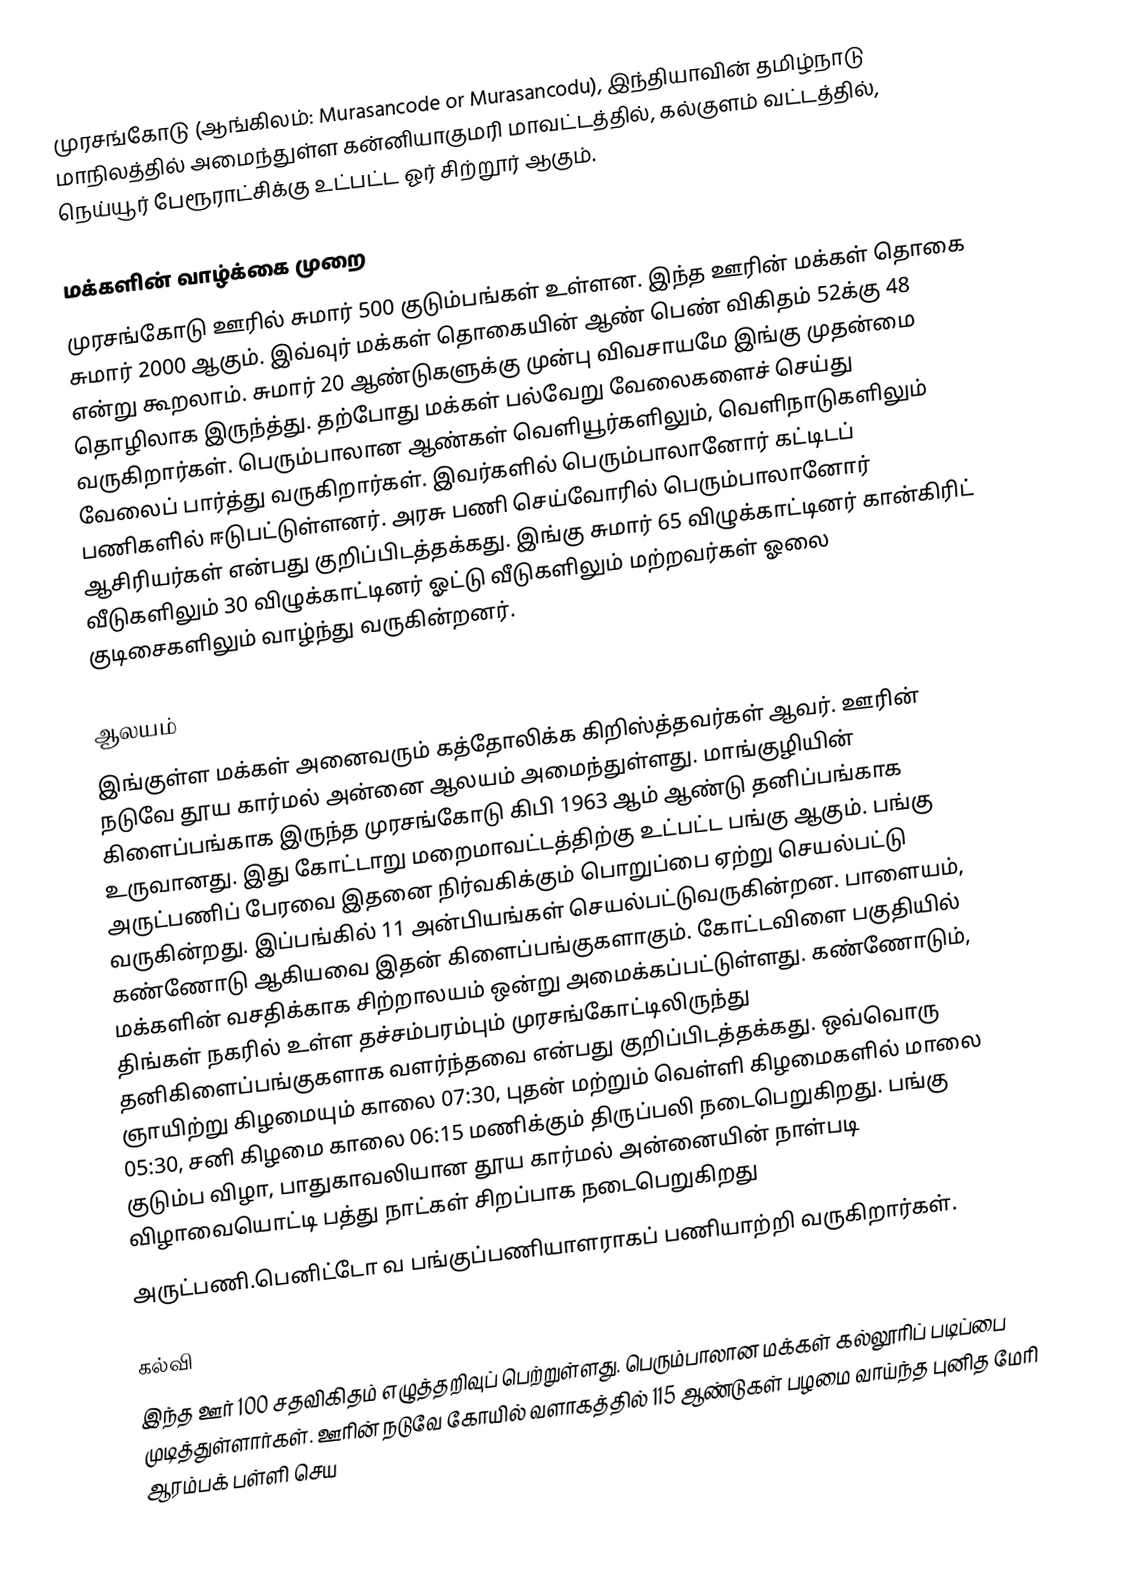
முரசங்கோடு (ஆங்கிலம்: Murasancode or Murasancodu), இந்தியாவின் தமிழ்நாடு மாநிலத்தில் அமைந்துள்ள கன்னியாகுமரி மாவட்டத்தில், கல்குளம் வட்டத்தில், நெய்யூர் பேரூராட்சிக்கு உட்பட்ட ஓர் சிற்றூர் ஆகும்.

மக்களின் வாழ்க்கை முறை
முரசங்கோடு ஊரில் சுமார் 500 குடும்பங்கள் உள்ளன. இந்த ஊரின் மக்கள் தொகை சுமார் 2000 ஆகும். இவ்வுர் மக்கள் தொகையின் ஆண் பெண் விகிதம் 52க்கு 48 என்று கூறலாம். சுமார் 20 ஆண்டுகளுக்கு முன்பு விவசாயமே இங்கு முதன்மை தொழிலாக இருந்த்து. தற்போது மக்கள் பல்வேறு வேலைகளைச் செய்து வருகிறார்கள். பெரும்பாலான ஆண்கள் வெளியூர்களிலும், வெளிநாடுகளிலும் வேலைப் பார்த்து வருகிறார்கள். இவர்களில் பெரும்பாலானோர் கட்டிடப் பணிகளி்ல் ஈடுபட்டுள்ளனர். அரசு பணி செய்வோரில் பெரும்பாலானோர் ஆசிரியர்கள் என்பது குறிப்பிடத்தக்கது. இங்கு சுமார் 65 விழுக்காட்டினர் கான்கிரிட் வீடுகளிலும் 30 விழுக்காட்டினர் ஓட்டு வீடுகளிலும் மற்றவர்கள் ஓலை குடிசைகளிலும் வாழ்ந்து வருகின்றனர்.

ஆலயம்
இங்குள்ள மக்கள் அனைவரும் கத்தோலிக்க கிறிஸ்த்தவர்கள் ஆவர். ஊரின் நடுவே தூய கார்மல் அன்னை ஆலயம் அமைந்துள்ளது. மாங்குழியின் கிளைப்பங்காக இருந்த முரசங்கோடு கிபி 1963 ஆம் ஆண்டு தனிப்பங்காக உருவானது. இது கோட்டாறு மறைமாவட்டத்திற்கு உட்பட்ட பங்கு ஆகும். பங்கு அருட்பணிப் பேரவை இதனை நிர்வகிக்கும் பொறுப்பை ஏற்று செயல்பட்டு வருகின்றது. இப்பங்கில் 11 அன்பியங்கள் செயல்பட்டுவருகின்றன. பாளையம்,  கண்ணோடு ஆகியவை இதன் கிளைப்பங்குகளாகும். கோட்டவிளை பகுதியில் மக்களின் வசதிக்காக சிற்றாலயம் ஒன்று அமைக்கப்பட்டுள்ளது. கண்ணோடும், திங்கள் நகரில் உள்ள தச்சம்பரம்பும் முரசங்கோட்டிலிருந்து தனிகிளைப்பங்குகளாக வளர்ந்தவை என்பது குறிப்பிடத்தக்கது. ஒவ்வொரு ஞாயிற்று கிழமையும் காலை 07:30, புதன் மற்றும் வெள்ளி கிழமைகளில் மாலை 05:30, சனி கிழமை காலை 06:15 மணிக்கும் திருப்பலி நடைபெறுகிறது. பங்கு குடும்ப விழா, பாதுகாவலியான தூய கார்மல் அன்னையின் நாள்படி விழாவையொட்டி பத்து நாட்கள் சிறப்பாக நடைபெறுகிறது
அருட்பணி.பெனிட்டோ வ பங்குப்பணியாளராகப் பணியாற்றி வருகிறார்கள்.

கல்வி
இந்த ஊர் 100 சதவிகிதம் எழுத்தறிவுப் பெற்றுள்ளது. பெரும்பாலான மக்கள் கல்லூரிப் படிப்பை முடித்துள்ளார்கள். ஊரின் நடுவே கோயில் வளாகத்தில் 115 ஆண்டுகள் பழமை வாய்ந்த புனித மேரி ஆரம்பக் பள்ளி செய